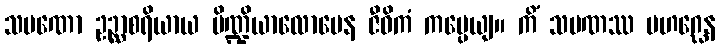
သမဏော ဥဉ္ဆာစရိယာယ ပိဏ္ဍိယာလောပေန ဇီဝိကံ ကပ္ပေယျ။ ကိံ သမဏဿ မဟဂ္ဃေန